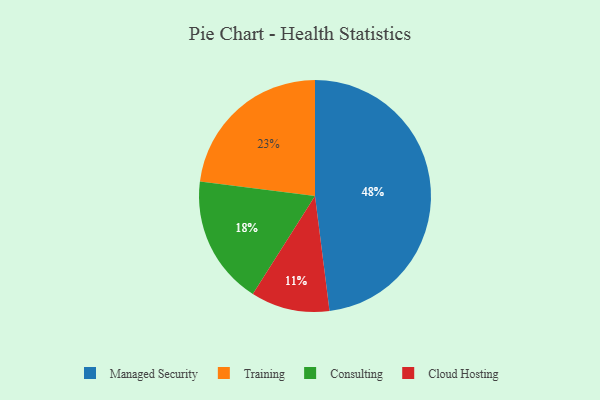
{"axis": {"x": "Category", "y": "Percentage"}, "legend": ["Cloud Hosting", "Consulting", "Managed Security", "Training"], "data": [{"x": "Training", "y": 23, "type": "Training"}, {"x": "Managed Security", "y": 48, "type": "Managed Security"}, {"x": "Cloud Hosting", "y": 11, "type": "Cloud Hosting"}, {"x": "Consulting", "y": 18, "type": "Consulting"}]}